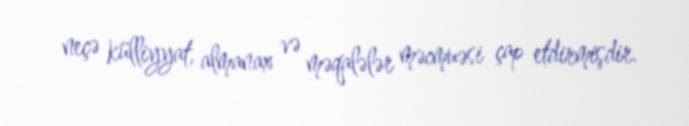
neçə külliyyat, almanax və məqalələr məcmuəsi çap etdirmişdir.